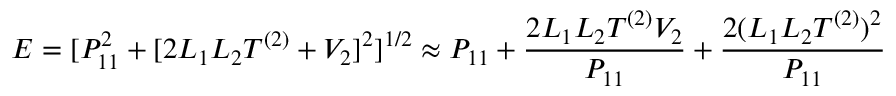
E = [ P _ { 1 1 } ^ { 2 } + [ 2 L _ { 1 } L _ { 2 } T ^ { ( 2 ) } + V _ { 2 } ] ^ { 2 } ] ^ { 1 / 2 } \approx P _ { 1 1 } + \frac { 2 L _ { 1 } L _ { 2 } T ^ { ( 2 ) } V _ { 2 } } { P _ { 1 1 } } + { \frac { 2 ( L _ { 1 } L _ { 2 } T ^ { ( 2 ) } ) ^ { 2 } } { P _ { 1 1 } } }